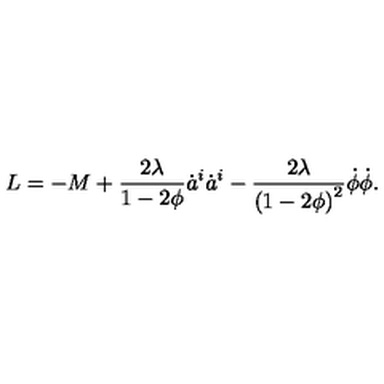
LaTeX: L = - M + { \frac { 2 \lambda } { 1 - 2 \phi } } \dot { a } ^ { i } \dot { a } ^ { i } \nonumber - { \frac { 2 \lambda } { { ( 1 - 2 \phi ) } ^ { 2 } } } \dot { \phi } \dot { \phi } .